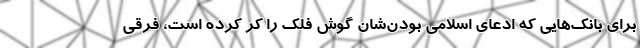
برای بانک‌هایی که ادعای اسلامی بودن‌شان گوش فلک را کر کرده است، فرقی